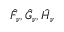
\hat { F _ { \nu } } , \hat { G _ { \nu } } , \hat { H _ { \nu } }